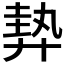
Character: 𢍠